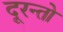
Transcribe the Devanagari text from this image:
दूरन्तो